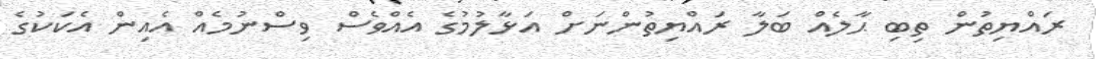
ރައްޔިތުން ތިބި ޙާލެއް ބަލާ ރައްޔިތުންނަށް އަޅާލުމުގެ އެއްވެސް ވިސްނުމެއް އެއިން އެކަކުގެ